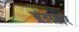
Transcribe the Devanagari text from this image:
अंतरशहर